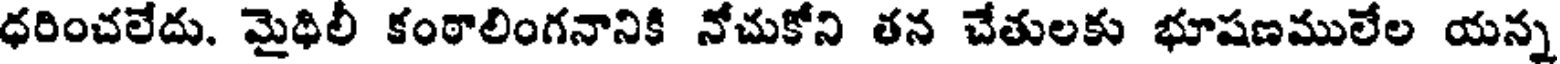
ధరించలేదు. మైధిలీ కంఠాలింగనానికి నోచుకోని తన చేతులకు భూషణములేల యన్న